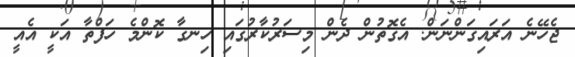
ޖެހޭނެ އަރައިގަންނަން. އެގޮތުން ދެން މިސަރުކާރުގައި ހިނގާ ކޮންމެ ހަފްތާ އަކީ އެއީ